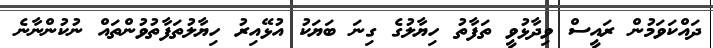
ދައްކަވަމުން ރައީސް ވިދާޅުވީ ތަފާތު ހިޔާލުގެ ގިނަ ބަޔަކު އުޅޭއިރު ހިޔާލުތަފާތުވުންތައް ނުކުންނާނެ